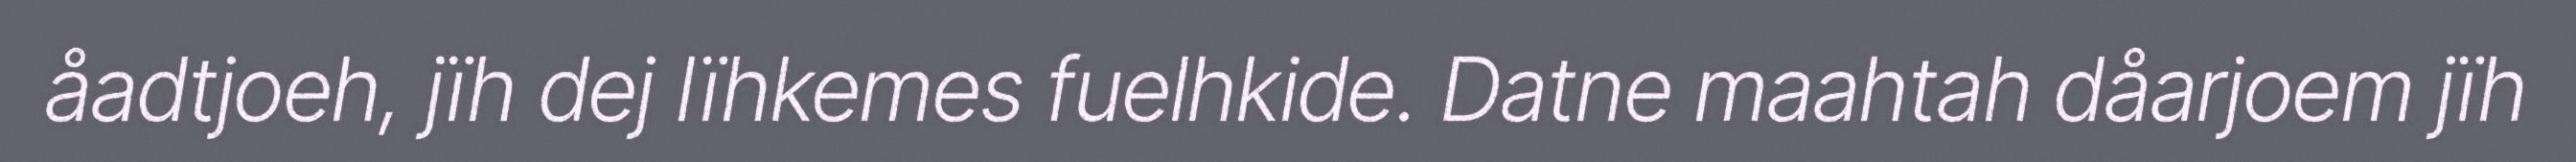
åadtjoeh, jïh dej lïhkemes fuelhkide. Datne maahtah dåarjoem jïh